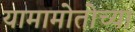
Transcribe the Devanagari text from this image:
यामामोतोच्या